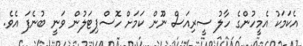
އެކަމަކު އެމީހުންގެ ހާލު ސީރިއަސް ނޫން ކަމަށް ހޮސްޕިޓަލުން ވަނީ ބުނެފަ އެވެ.